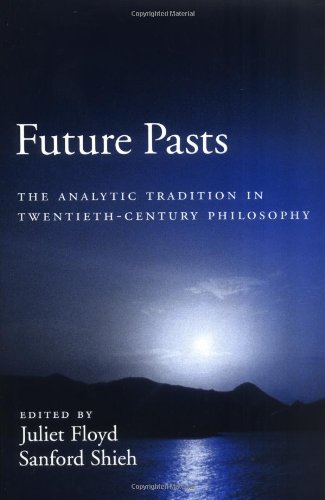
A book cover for Future Pasts: The Analytic Tradition in Twentieth-Century Philosophy; Politics & Social Sciences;